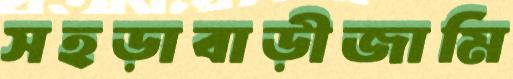
সহড়াবাড়ীজামি